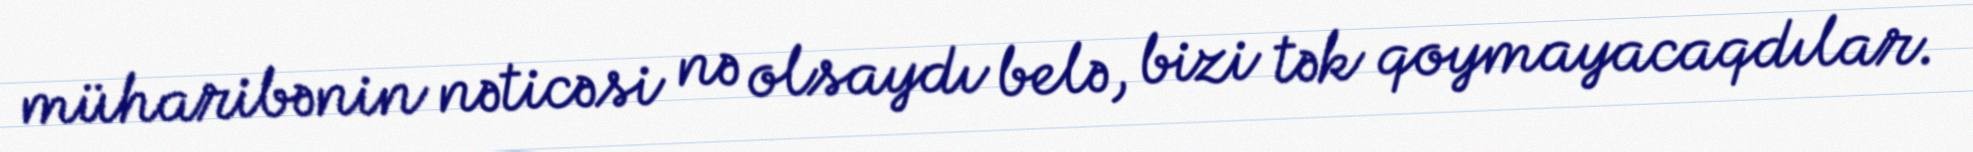
müharibənin nəticəsi nə olsaydı belə, bizi tək qoymayacaqdılar.